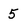
Character: 5